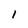
Character: l